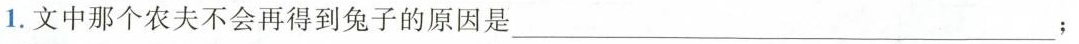
1. 文中那个农夫不会再得到兔子的原因是___；